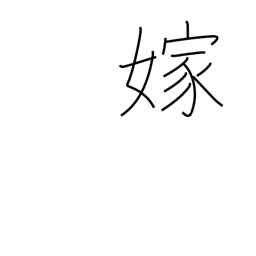
Meaning: marry into